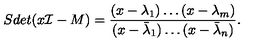
S d e t ( x { \cal I } - M ) = { \frac { ( x - \lambda _ { 1 } ) \dots ( x - \lambda _ { m } ) } { ( x - { \bar { \lambda } } _ { 1 } ) \dots ( x - { \bar { \lambda } } _ { n } ) } } .